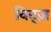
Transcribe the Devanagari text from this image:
विट्ज़